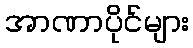
အာဏာပိုင်များ